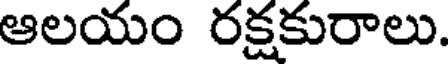
ఆలయం రక్షకురాలు.